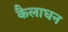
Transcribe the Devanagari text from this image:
कैलाघन